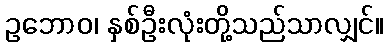
ဥဘောဝ၊ နှစ်ဦးလုံးတို့သည်သာလျှင်။